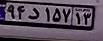
۹۴د۱۵۷۱۳